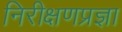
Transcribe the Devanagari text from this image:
निरीक्षणप्रज्ञा